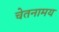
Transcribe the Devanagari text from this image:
चेतनामय